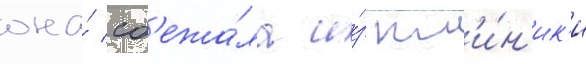
она́ сб'ежа́ла и́з кл'и́н'ик'и